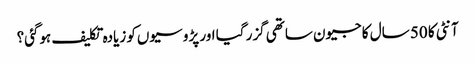
آنٹی کا 50 سال کا جیون ساتھی گزر گیا اور پڑوسیوں‌کو زیادہ تکلیف ہوگئی؟